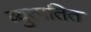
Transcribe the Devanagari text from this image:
व्युत्पतित